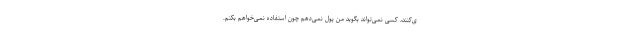
ی‌کنند، کسی نمی‌تواند بگوید من پول نمی‌دهم چون استفاده نمی‌خواهم بکنم.